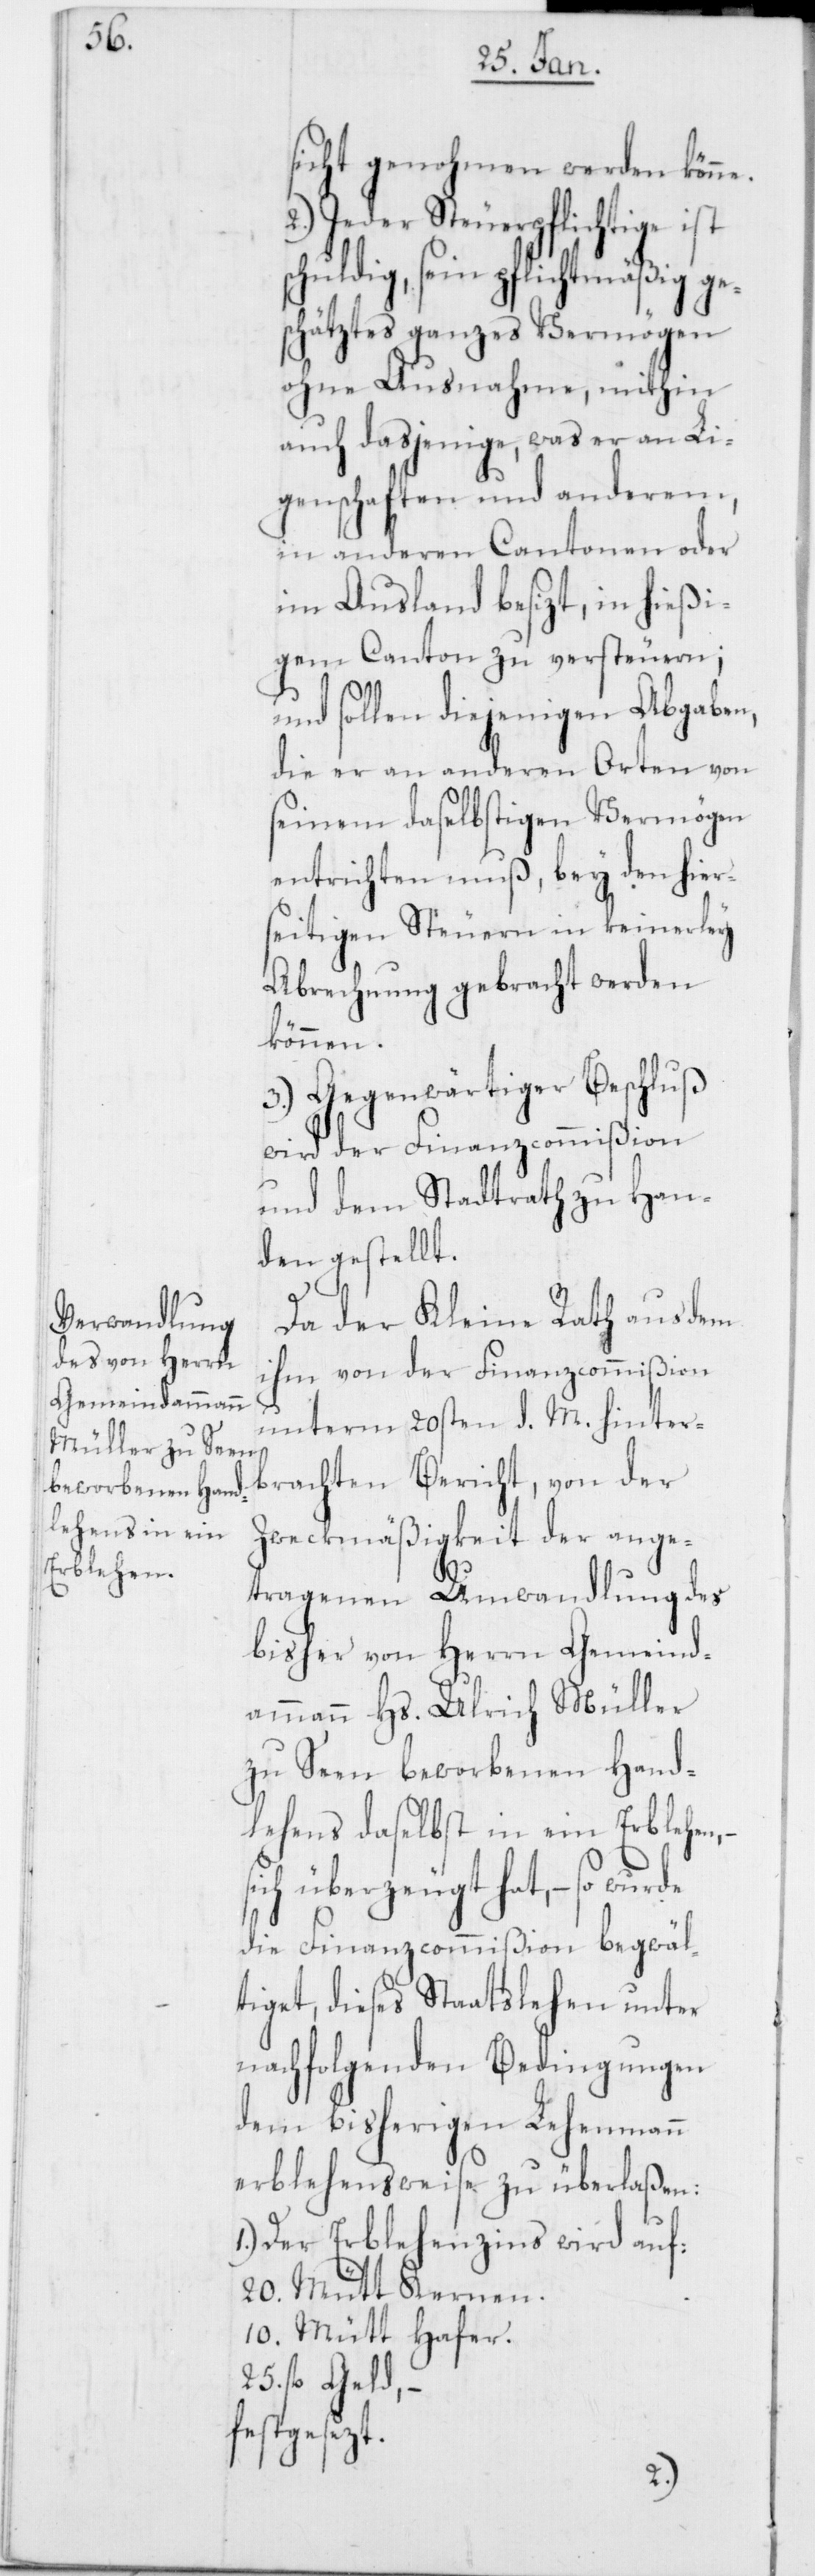
sicht genohmen werden könn¬
2.) Jeder Steuerpflichtige ist
schuldig, sein pflichtmäßig ge¬
schätztes ganzes Vermögen
ohne Ausnahme, mithin
auch dasjenige, was er an Li¬
genschaften und anderem,
in anderen Cantonen oder
im Ausland besizt, in hießi¬
gem Canton zu versteuern;
und sollen diejenigen Abgaben,
die er an anderen Orten von
seinem daselbstigen Vermögen
entrichten muß, bey den hier¬
seitigen Steuern in keinerley
Abrechnung gebracht werden
können.
3.) Gegenwärtiger Beschluß
wird der Finanzcommißion
und dem Stadtrath zu Han¬
den gestellt.
s¬
Da der Kleine Rath aus dem
ihm von der Finanzcommißion
unterm 20sten d. M. hinter¬
brachten Bericht, von der
Zweckmäßigkeit der ange¬
tragenen Umwandlung des
bisher von Herrn Gemeind¬
ammann Hs. Ulrich Müller
zu Seen beworbenen Hand¬
lehens daselbst in ein Erblehen,
ich überzeugt hat, – so wurde
die Finanzcommißion begwäl¬
tiget, dieses Staatslehen unter
nachfolgenden Bedingungen
dem bisherigen Lehenmann
erblehensweise zu überlaßen:
Der Erblehenszins wird auf:
20. Mütt Kernen.
10. Mütt Hafer.
25. fl. Geld, –
festgesezt.
e.